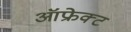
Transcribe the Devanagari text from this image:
ऑफ्रेक्ट